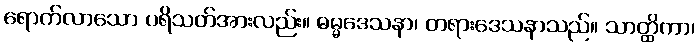
ရောက်လာသော ပရိသတ်အားလည်း။ ဓမ္မဒေသနာ၊ တရားဒေသနာသည်။ သာတ္ထိကာ၊